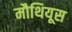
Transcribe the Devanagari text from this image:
मौथियूस